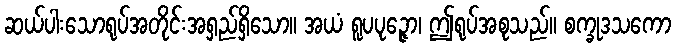
ဆယ်ပါးသောရုပ်အတိုင်းအရှည်ရှိသော။ အယံ ရူပပုဉ္ဇော၊ ဤရုပ်အစုသည်။ စက္ခုဒသကော